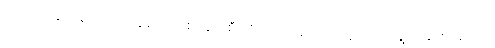
ဤသို့ အချင်းချင်းတိုက်တွန်း၍ တစ်နေရာစီ ကြိုးစားကြလေရာ သူတို့ ရည်ရွယ် ချက်အတိုင်း